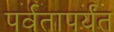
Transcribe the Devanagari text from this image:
पर्वतापर्यंत